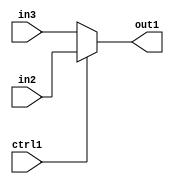
`timescale 1ps / 1ps
/*****************************************************************************
    Verilog RTL Description
    
    
    Created by: Stratus DpOpt 2019.1.01 
*******************************************************************************/

module pe_array_N_Muxb_1_2_2_4_1 (
	in3,
	in2,
	ctrl1,
	out1
	); /* architecture "behavioural" */ 
input  in3,
	in2,
	ctrl1;
output  out1;
wire  asc001;

reg [0:0] asc001_tmp_0;
assign asc001 = asc001_tmp_0;
always @ (ctrl1 or in2 or in3) begin
	case (ctrl1)
		1'B1 : asc001_tmp_0 = in2 ;
		default : asc001_tmp_0 = in3 ;
	endcase
end

assign out1 = asc001;
endmodule

/* CADENCE  uLT4QgA= : u9/ySgnWtBlWxVPRXgAZ4Og= ** DO NOT EDIT THIS LINE ******/